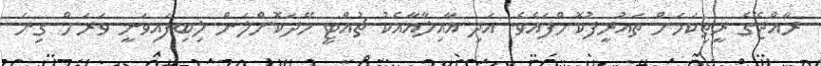
ރާއްޖޭގެ ރީތިކަމަށް ތައުރީފުކޮށްފައެވެ. އަދި އާއިލާއާއެކު ޗުއްޓީ ހޭދަކޮށްލަން ލިބިފައިވަނީ ވަރަށް ގިނަ